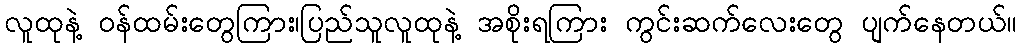
လူထုနဲ့ ဝန်ထမ်းတွေကြား၊ပြည်သူလူထုနဲ့ အစိုးရကြား ကွင်းဆက်လေးတွေ ပျက်နေတယ်။